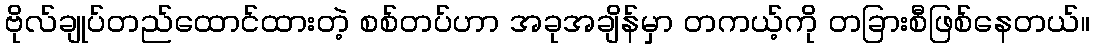
ဗိုလ်ချုပ်တည်ထောင်ထားတဲ့ စစ်တပ်ဟာ အခုအချိန်မှာ တကယ့်ကို တခြားစီဖြစ်နေတယ်။